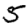
Digit: 5